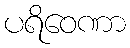
ပရိဝေဏာ